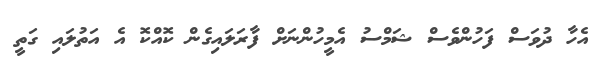
އެހާ ދުވަސް ފަހުންވެސް ޝަމްސު އެމީހުންނަށް ފާރަލައިގެން ކޮއްކޮ އެ އަތުލައި ގަތީ